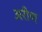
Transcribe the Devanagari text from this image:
अरीण